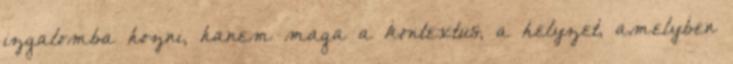
izgalomba hozni, hanem maga a kontextus, a helyzet, amelyben